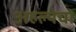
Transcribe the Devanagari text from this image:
अहल्येचा